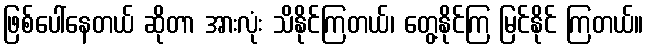
ဖြစ်ပေါ်နေတယ် ဆိုတာ အားလုံး သိနိုင်ကြတယ်၊ တွေ့နိုင်ကြ မြင်နိုင် ကြတယ်။